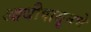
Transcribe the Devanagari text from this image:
आधीपासूनचे